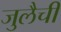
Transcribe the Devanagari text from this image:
जुलैची